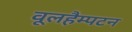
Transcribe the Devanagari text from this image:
वूलहैम्पटन